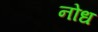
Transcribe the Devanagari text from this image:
नोध